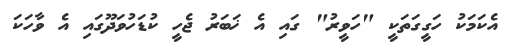
އެކަމަކު ހަގީގަތަކީ "ހަވީރު" ގައި އެ ޚަބަރު ޖެހީ ކުޑަހުވަދޫގައި އެ ވާހަކަ